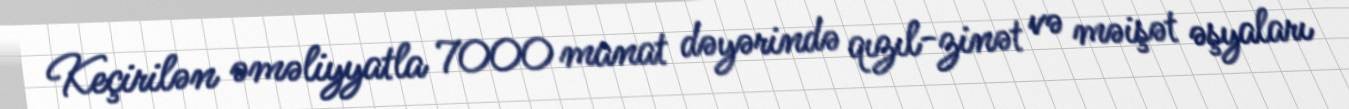
Keçirilən əməliyyatla 7000 manat dəyərində qızıl-zinət və məişət əşyaları